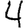
Digit: 4